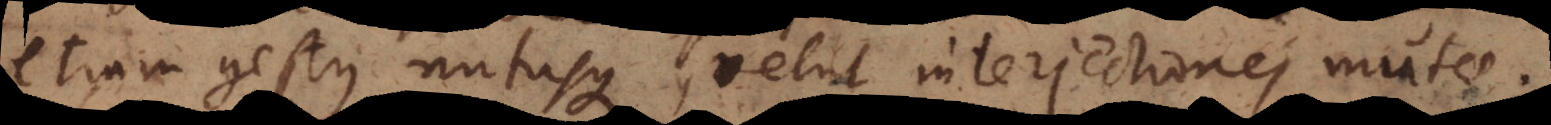
etiam gestus nutusque, velut interjectiones mutae.